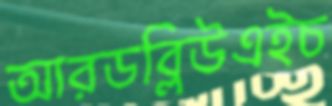
আরডব্লিউএইচ